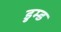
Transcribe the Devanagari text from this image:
डुम्ड